Report of the Municipal Commissioner on the plague in Bombay for the year ending 31st May... - Volume 1
Disease focus: Plague
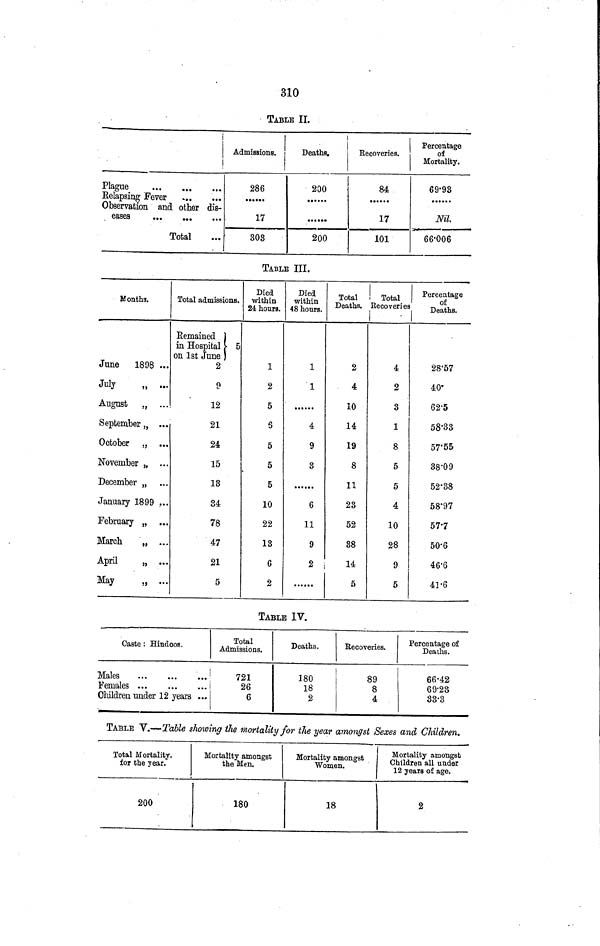
310
TABLE II.
Plague
Relapsing Fever
Observation and other dis-
eases
,
Total
Admissions.
286
17
303
Deaths.
200
......
200
Recoveries.
84
17
101
Percentage
of
Mortality.
69.93
Nil.
66.006
TABLE III.
Months.
June
1898 ...
July
„ ...
August
„ ...
September „ ...
October „
November „
December „
January 1899 ...
February „
March
„ ...
April
„ ...
May
„ ...
Total admissions.
Remained
in Hospital
5
on 1st June
2
9
12
21
24
15
13
34
78
47
21
5
Died
within
24 hours.
1
2
5
6
5
5
5
10
22
13
6
2
Died
within
48 hours.
1
1
4
9
3
6
11
9
2
Total
Deaths.
2
4
10
14
19
8
11
23
52
88
14
5
Total
Recoveries
4
2
3
1
8
5
5
4
10
28
9
5
Percentage
of
Deaths.
28.57
40
62.5
58.33
57.55
38.09
52.38
58.97
57.7
50.6
46.6
41.6
TABLE IV.
Caste : Hindoos.
Males
Females
Children under 12 years ..,
Total
Admissions.
721
26
6
Deaths.
180
18
2
Recoveries.
89
8
4
Percentage of
Deaths.
66.42
69.23
33.3
TABLE V.—Table showing the mortality for the year amongst Sexes and Children.
Total Mortality.
for the year.'
200
Mortality amongst
the Men.
180
Mortality amongst
Women.
18
Mortality amongst
Children all under
12 years of age.
2